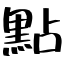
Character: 點